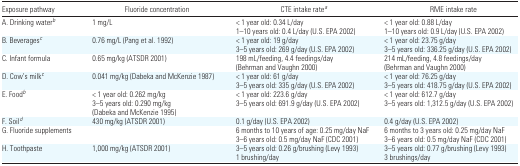
<table><thead><tr><td><b>Exposure pathway</b></td><td><b>Fluoride concentration</b></td><td><b>CTE intake rate<i><sup>a</sup></i></b></td><td><b>RME intake rate</b></td></tr></thead><tbody><tr><td>A. Drinking water<i><sup>b</sup></i></td><td>1 mg/L</td><td>&lt; 1 year old: 0.34 L/day</td><td>&lt; 1 year old: 0.88 L/day</td></tr><tr><td></td><td></td><td>1–10 years old: 0.4 L/day (U.S. EPA 2002)</td><td>1–10 years old: 0.9 L/day (U.S. EPA 2002)</td></tr><tr><td>B. Beverages<i><sup>c</sup></i></td><td>0.76 mg/L (Pang et al. 1992)</td><td>&lt; 1 year old: 19 g/day</td><td>&lt; 1 year old: 23.75 g/day</td></tr><tr><td></td><td></td><td>3–5 years old: 269 g/day (U.S. EPA 2002)</td><td>3–5 years old: 336.25 g/day (U.S. EPA 2002)</td></tr><tr><td>C. Infant formula</td><td>0.65 mg/kg (ATSDR 2001)</td><td>198 mL/feeding, 4.4 feedings/day (Behrman and Vaughn 2000)</td><td>214 mL/feeding, 4.8 feedings/day (U.S. EPA 2002Behrman and Vaughn 2000)</td></tr><tr><td>D. Cow’s milk<i><sup>c</sup></i></td><td>0.041 mg/kg (Dabeka and McKenzie 1987)</td><td>&lt; 1 year old: 61 g/day</td><td>&lt; 1 year old: 76.25 g/day</td></tr><tr><td></td><td></td><td>3–5 years old: 335 g/day (U.S. EPA 2002)</td><td>3–5 years old: 418.75 g/day (U.S. EPA 2002)</td></tr><tr><td>E. Food<i><sup>b</sup></i></td><td>&lt; 1 year old: 0.262 mg/kg</td><td>&lt; 1 year old: 223.6 g/day</td><td>&lt; 1 year old: 612.7 g/day</td></tr><tr><td></td><td>3–5 years old: 0.290 mg/kg (Dabeka and McKenzie 1995)</td><td>3–5 years old: 691.9 g/day (U.S. EPA 2002)</td><td>3–5 years old: 1,312.5 g/day (U.S. EPA 2002)</td></tr><tr><td>F. Soil<i><sup>d</sup></i></td><td>430 mg/kg (ATSDR 2001)</td><td>0.1 g/day (U.S. EPA 2002)</td><td>0.4 g/day (U.S. EPA 2002)</td></tr><tr><td>G. Fluoride supplements</td><td></td><td>6 months to 10 years of age: 0.25 mg/day NaF</td><td>6 months to 3 years old: 0.25 mg/day NaF</td></tr><tr><td></td><td></td><td>3–6 years old: 0.5 mg/day NaF (CDC 2001)</td><td>3–6 years old: 0.5 mg/day NaF (CDC 2001)</td></tr><tr><td>H. Toothpaste</td><td>1,000 mg/kg (ATSDR 2001)</td><td>3–5 years old: 0.26 g/brushing (Levy 1993)</td><td>3–5 years old: 0.77 g/brushing (Levy 1993)</td></tr><tr><td></td><td></td><td>1 brushing/day</td><td>3 brushings/day</td></tr></tbody></table>